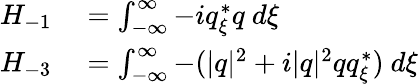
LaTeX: \begin{array}{rl}{H_{-1}}&{{}=\int_{-\infty}^{\infty}-iq_{\xi}^{*}q\ d\xi}\\ {H_{-3}}&{{}=\int_{-\infty}^{\infty}-(|q|^{2}+i|q|^{2}qq_{\xi}^{*})\ d\xi}\end{array}